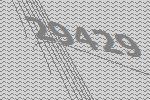
29429